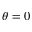
\theta = 0